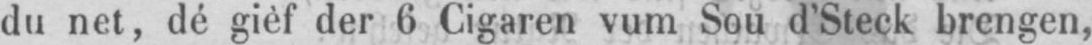
du net, dé gièf der 6 Cigaren vum Sou d’Steck brengen,